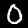
Digit: 0